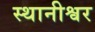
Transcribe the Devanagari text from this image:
स्थानीश्वर